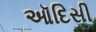
ઑદિસી